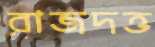
রাজদত্ত